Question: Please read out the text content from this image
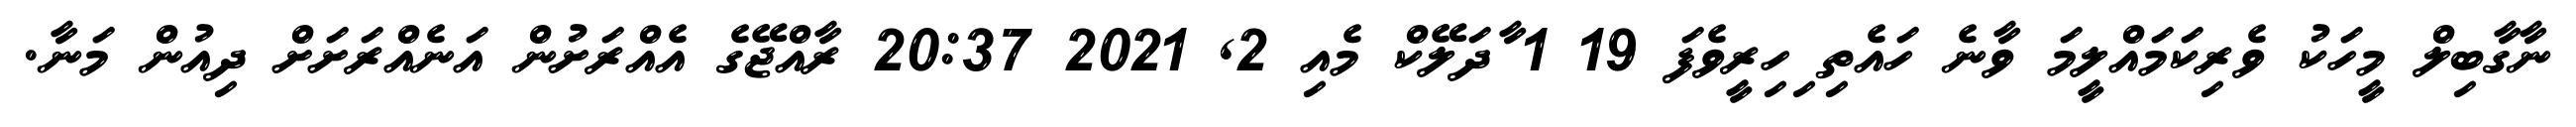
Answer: ނާގާބިލް މީހަކު ވެރިކަމައްލީމަ ވާނެ ހައެތި ިހިރީވެފަ 19 1 ާދަލޭކް މެއި 2, 2021 20:37 ރާއްޖޭގެ އެއްރަށުން އަނެއްރަށަށް ދިއުން މަނާ.